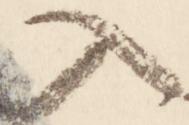
入